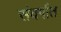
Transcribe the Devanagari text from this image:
संवर्गात